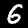
Label: 6